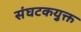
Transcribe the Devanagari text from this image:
संघटकयुक्त